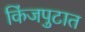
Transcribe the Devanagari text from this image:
किंजपुटात